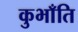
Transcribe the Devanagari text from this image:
कुभाँति